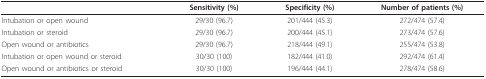
|  | Sensitivity (%) | Specificity (%) | Number of patients (%) |
 | --- | --- | --- | --- |
 | Intubation or open wound | 29/30 (96.7) | 201/444 (45.3) | 272/474 (57.4) |
 | Intubation or steroid | 29/30 (96.7) | 200/444 (45.1) | 273/474 (57.6) |
 | Open wound or antibiotics | 29/30 (96.7) | 218/444 (49.1) | 255/474 (53.8) |
 | Intubation or open wound or steroid | 30/30 (100) | 182/444 (41.0) | 292/474 (61.4) |
 | Open wound or antibiotics or steroid | 30/30 (100) | 196/444 (44.1) | 278/474 (58.6) |